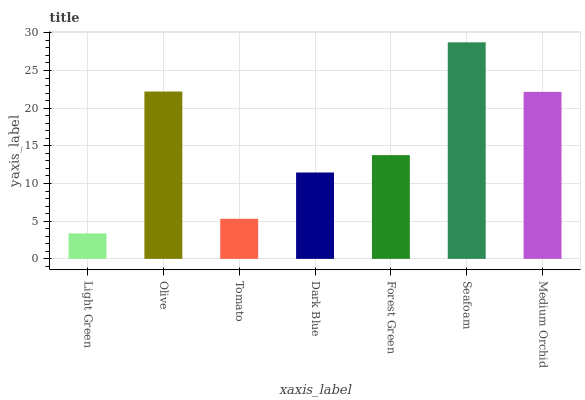
| xaxis_label | bars |
 | --- | --- |
 | Light Green | 3.38 |
 | Olive | 22.2 |
 | Tomato | 5.32 |
 | Dark Blue | 11.5 |
 | Forest Green | 13.8 |
 | Seafoam | 28.7 |
 | Medium Orchid | 22.2 |